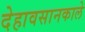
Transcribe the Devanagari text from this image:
देहावसानकाले